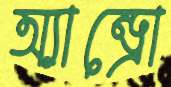
অ্যান্ড্রো